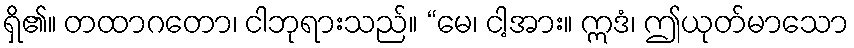
ရှိ၏။ တထာဂတော၊ ငါဘုရားသည်။ “မေ၊ ငါ့အား။ ဣဒံ၊ ဤယုတ်မာသော